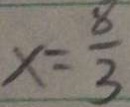
x = \frac { 8 } { 3 }